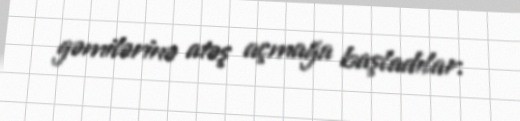
gəmilərinə atəş açmağa başladılar.